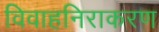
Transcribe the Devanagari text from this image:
विवाहनिराकरण